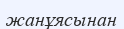
жанұясынан